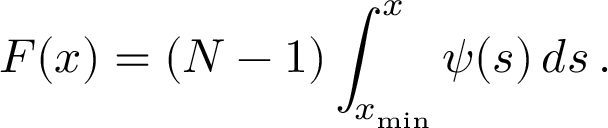
F ( x ) = ( N - 1 ) \int _ { x _ { \mathrm { m i n } } } ^ { x } \psi ( s ) \, d s \, .